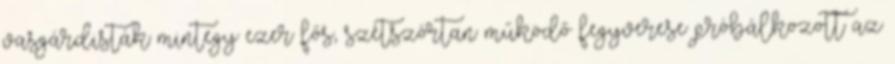
vasgárdisták mintegy ezer fős, szétszórtan működő fegyverese próbálkozott az